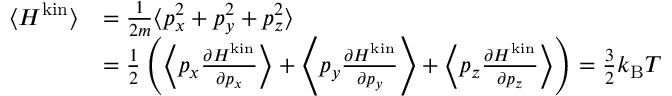
{ \begin{array} { r l } { \langle H ^ { \mathrm { k i n } } \rangle } & { = { \frac { 1 } { 2 m } } \langle p _ { x } ^ { 2 } + p _ { y } ^ { 2 } + p _ { z } ^ { 2 } \rangle } \\ & { = { \frac { 1 } { 2 } } \left( \left\langle p _ { x } { \frac { \partial H ^ { \mathrm { k i n } } } { \partial p _ { x } } } \right\rangle + \left\langle p _ { y } { \frac { \partial H ^ { \mathrm { k i n } } } { \partial p _ { y } } } \right\rangle + \left\langle p _ { z } { \frac { \partial H ^ { \mathrm { k i n } } } { \partial p _ { z } } } \right\rangle \right) = { \frac { 3 } { 2 } } k _ { \mathrm { B } } T } \end{array} }